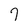
Character: 7